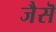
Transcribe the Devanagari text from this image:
जैसॆ